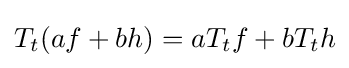
T_{t}(af+bh)=aT_{t}f+bT_{t}h